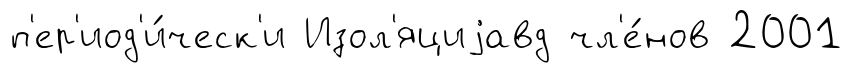
п'ер'иод'и́ческ'и Изол'яциjавд чл'е́нов 2001